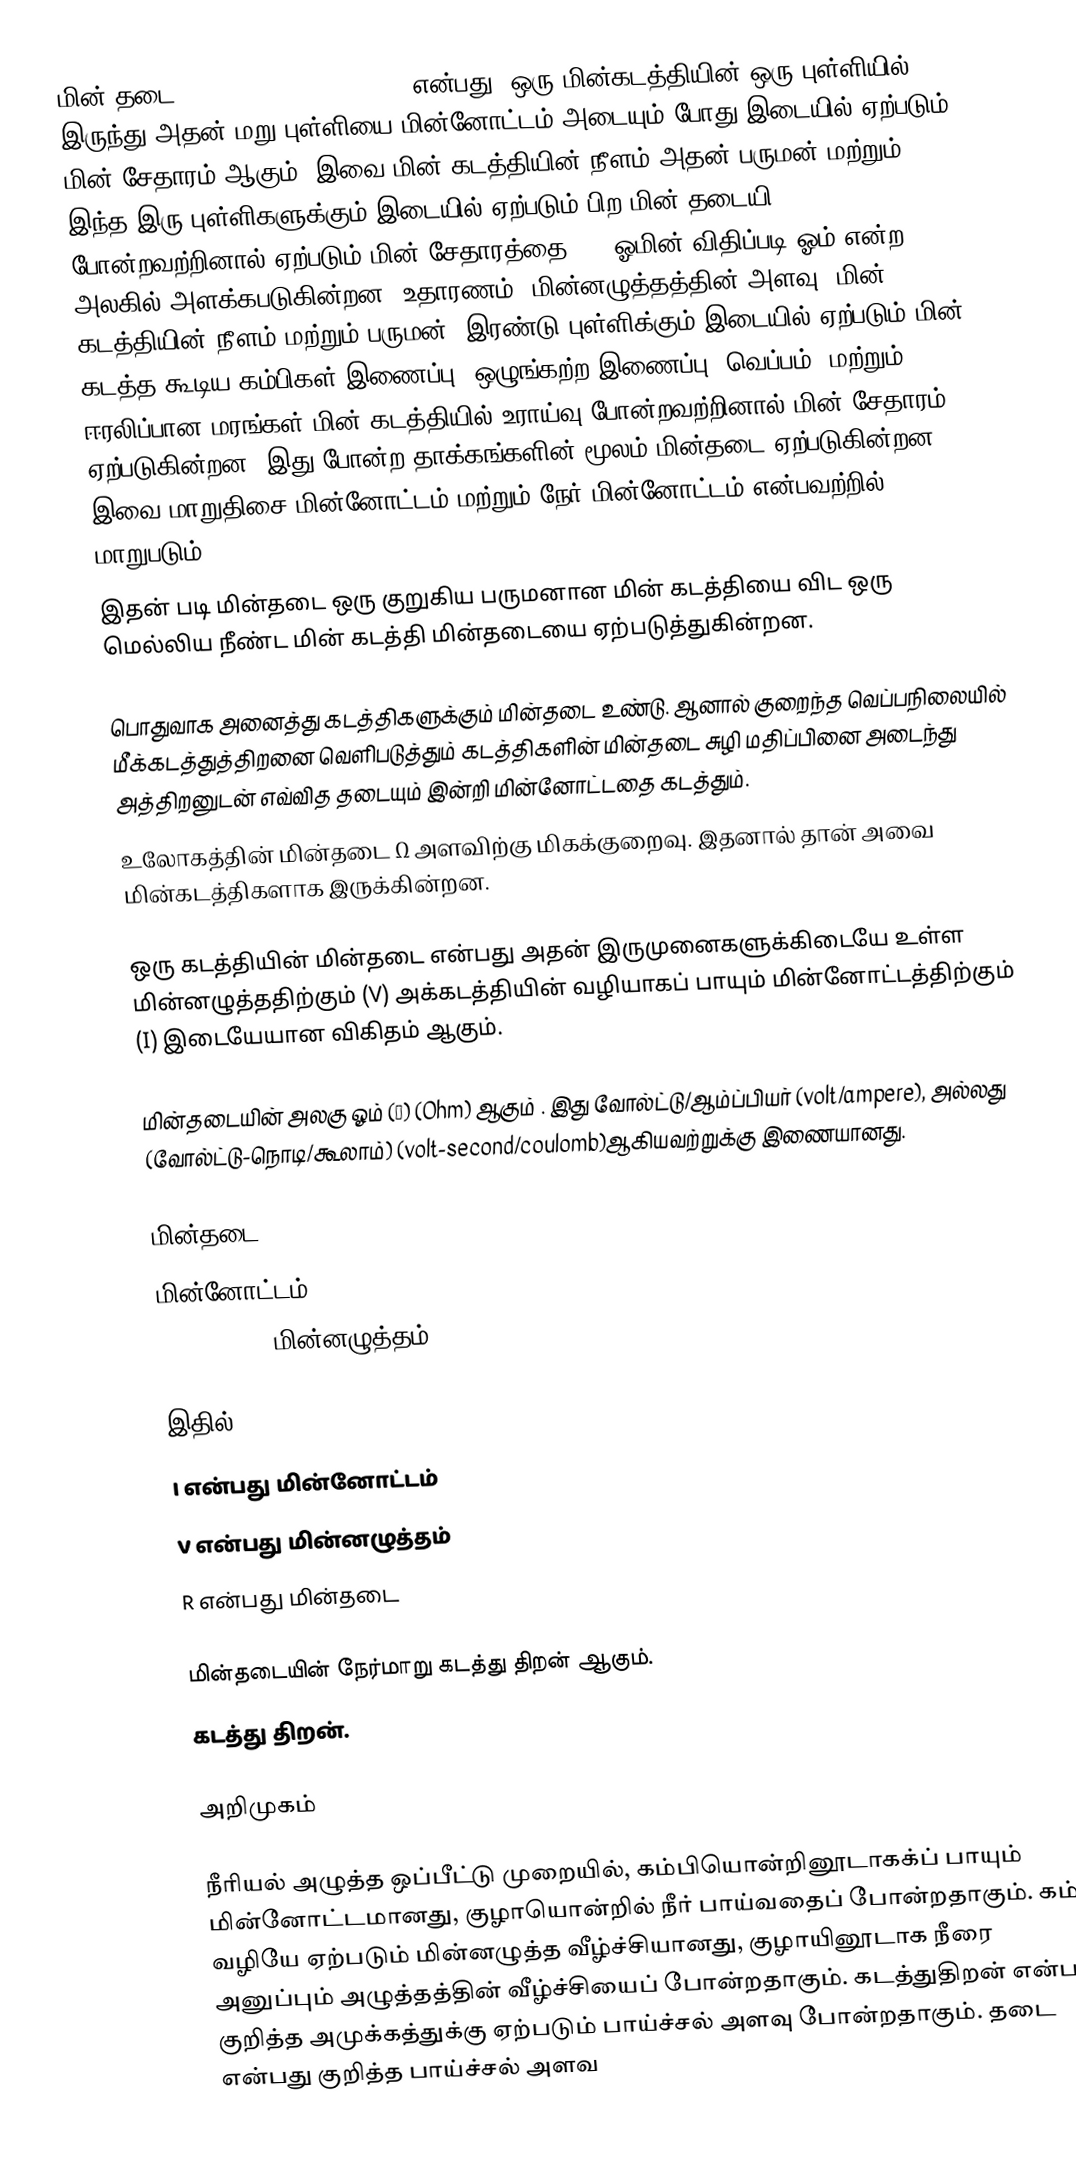
மின் தடை (electrical resistance) என்பது, ஒரு மின்கடத்தியின் ஒரு புள்ளியில் இருந்து அதன் மறு புள்ளியை மின்னோட்டம் அடையும் போது இடையில் ஏற்படும் மின் சேதாரம் ஆகும். இவை மின் கடத்தியின் நீளம் அதன் பருமன் மற்றும் இந்த இரு புள்ளிகளுக்கும் இடையில் ஏற்படும் பிற மின் தடையி போன்றவற்றினால் ஏற்படும் மின் சேதாரத்தை (Ω) ஓமின் விதிப்படி ஓம் என்ற அலகில் அளக்கபடுகின்றன. உதாரணம்: மின்னழுத்தத்தின் அளவு, மின் கடத்தியின் நீளம் மற்றும் பருமன், இரண்டு புள்ளிக்கும் இடையில் ஏற்படும் மின் கடத்த கூடிய கம்பிகள் இணைப்பு, ஒழுங்கற்ற இணைப்பு, வெப்பம், மற்றும் ஈரலிப்பான மரங்கள் மின் கடத்தியில் உராய்வு போன்றவற்றினால் மின் சேதாரம் ஏற்படுகின்றன. இது போன்ற தாக்கங்களின் மூலம் மின்தடை ஏற்படுகின்றன. இவை மாறுதிசை மின்னோட்டம் மற்றும்  நேர் மின்னோட்டம் என்பவற்றில் மாறுபடும்.
இதன் படி மின்தடை ஒரு குறுகிய பருமனான மின் கடத்தியை விட ஒரு மெல்லிய நீண்ட மின் கடத்தி மின்தடையை ஏற்படுத்துகின்றன.

பொதுவாக அனைத்து கடத்திகளுக்கும் மின்தடை உண்டு. ஆனால் குறைந்த வெப்பநிலையில் மீக்கடத்துத்திறனை வெளிபடுத்தும் கடத்திகளின் மின்தடை சுழி மதிப்பினை அடைந்து அத்திறனுடன் எவ்வித தடையும் இன்றி மின்னோட்டதை கடத்தும்.
உலோகத்தின் மின்தடை  Ω அளவிற்கு மிகக்குறைவு. இதனால் தான் அவை மின்கடத்திகளாக இருக்கின்றன.

ஒரு கடத்தியின் மின்தடை என்பது அதன் இருமுனைகளுக்கிடையே உள்ள மின்னழுத்ததிற்கும் (V) அக்கடத்தியின் வழியாகப் பாயும் மின்னோட்டத்திற்கும் (I) இடையேயான விகிதம் ஆகும்.

மின்தடையின் அலகு ஓம் (Ω) (Ohm) ஆகும் . இது வோல்ட்டு/ஆம்ப்பியர் (volt/ampere), அல்லது (வோல்ட்டு-நொடி/கூலாம்) (volt-second/coulomb)ஆகியவற்றுக்கு இணையானது.

 மின்தடை
 மின்னோட்டம்.
  (V = R x I) மின்னழுத்தம்.

இதில்:
I என்பது மின்னோட்டம்
V என்பது மின்னழுத்தம்
R என்பது மின்தடை

மின்தடையின் நேர்மாறு கடத்து திறன் ஆகும்.
  கடத்து திறன்.

அறிமுகம்

நீரியல் அழுத்த ஒப்பீட்டு முறையில், கம்பியொன்றினூடாகக்ப் பாயும் மின்னோட்டமானது, குழாயொன்றில் நீர் பாய்வதைப் போன்றதாகும். கம்பி வழியே ஏற்படும் மின்னழுத்த வீழ்ச்சியானது, குழாயினூடாக நீரை அனுப்பும் அழுத்தத்தின் வீழ்ச்சியைப் போன்றதாகும். கடத்துதிறன் என்பது குறித்த அமுக்கத்துக்கு ஏற்படும் பாய்ச்சல் அளவு போன்றதாகும். தடை என்பது குறித்த பாய்ச்சல் அளவ